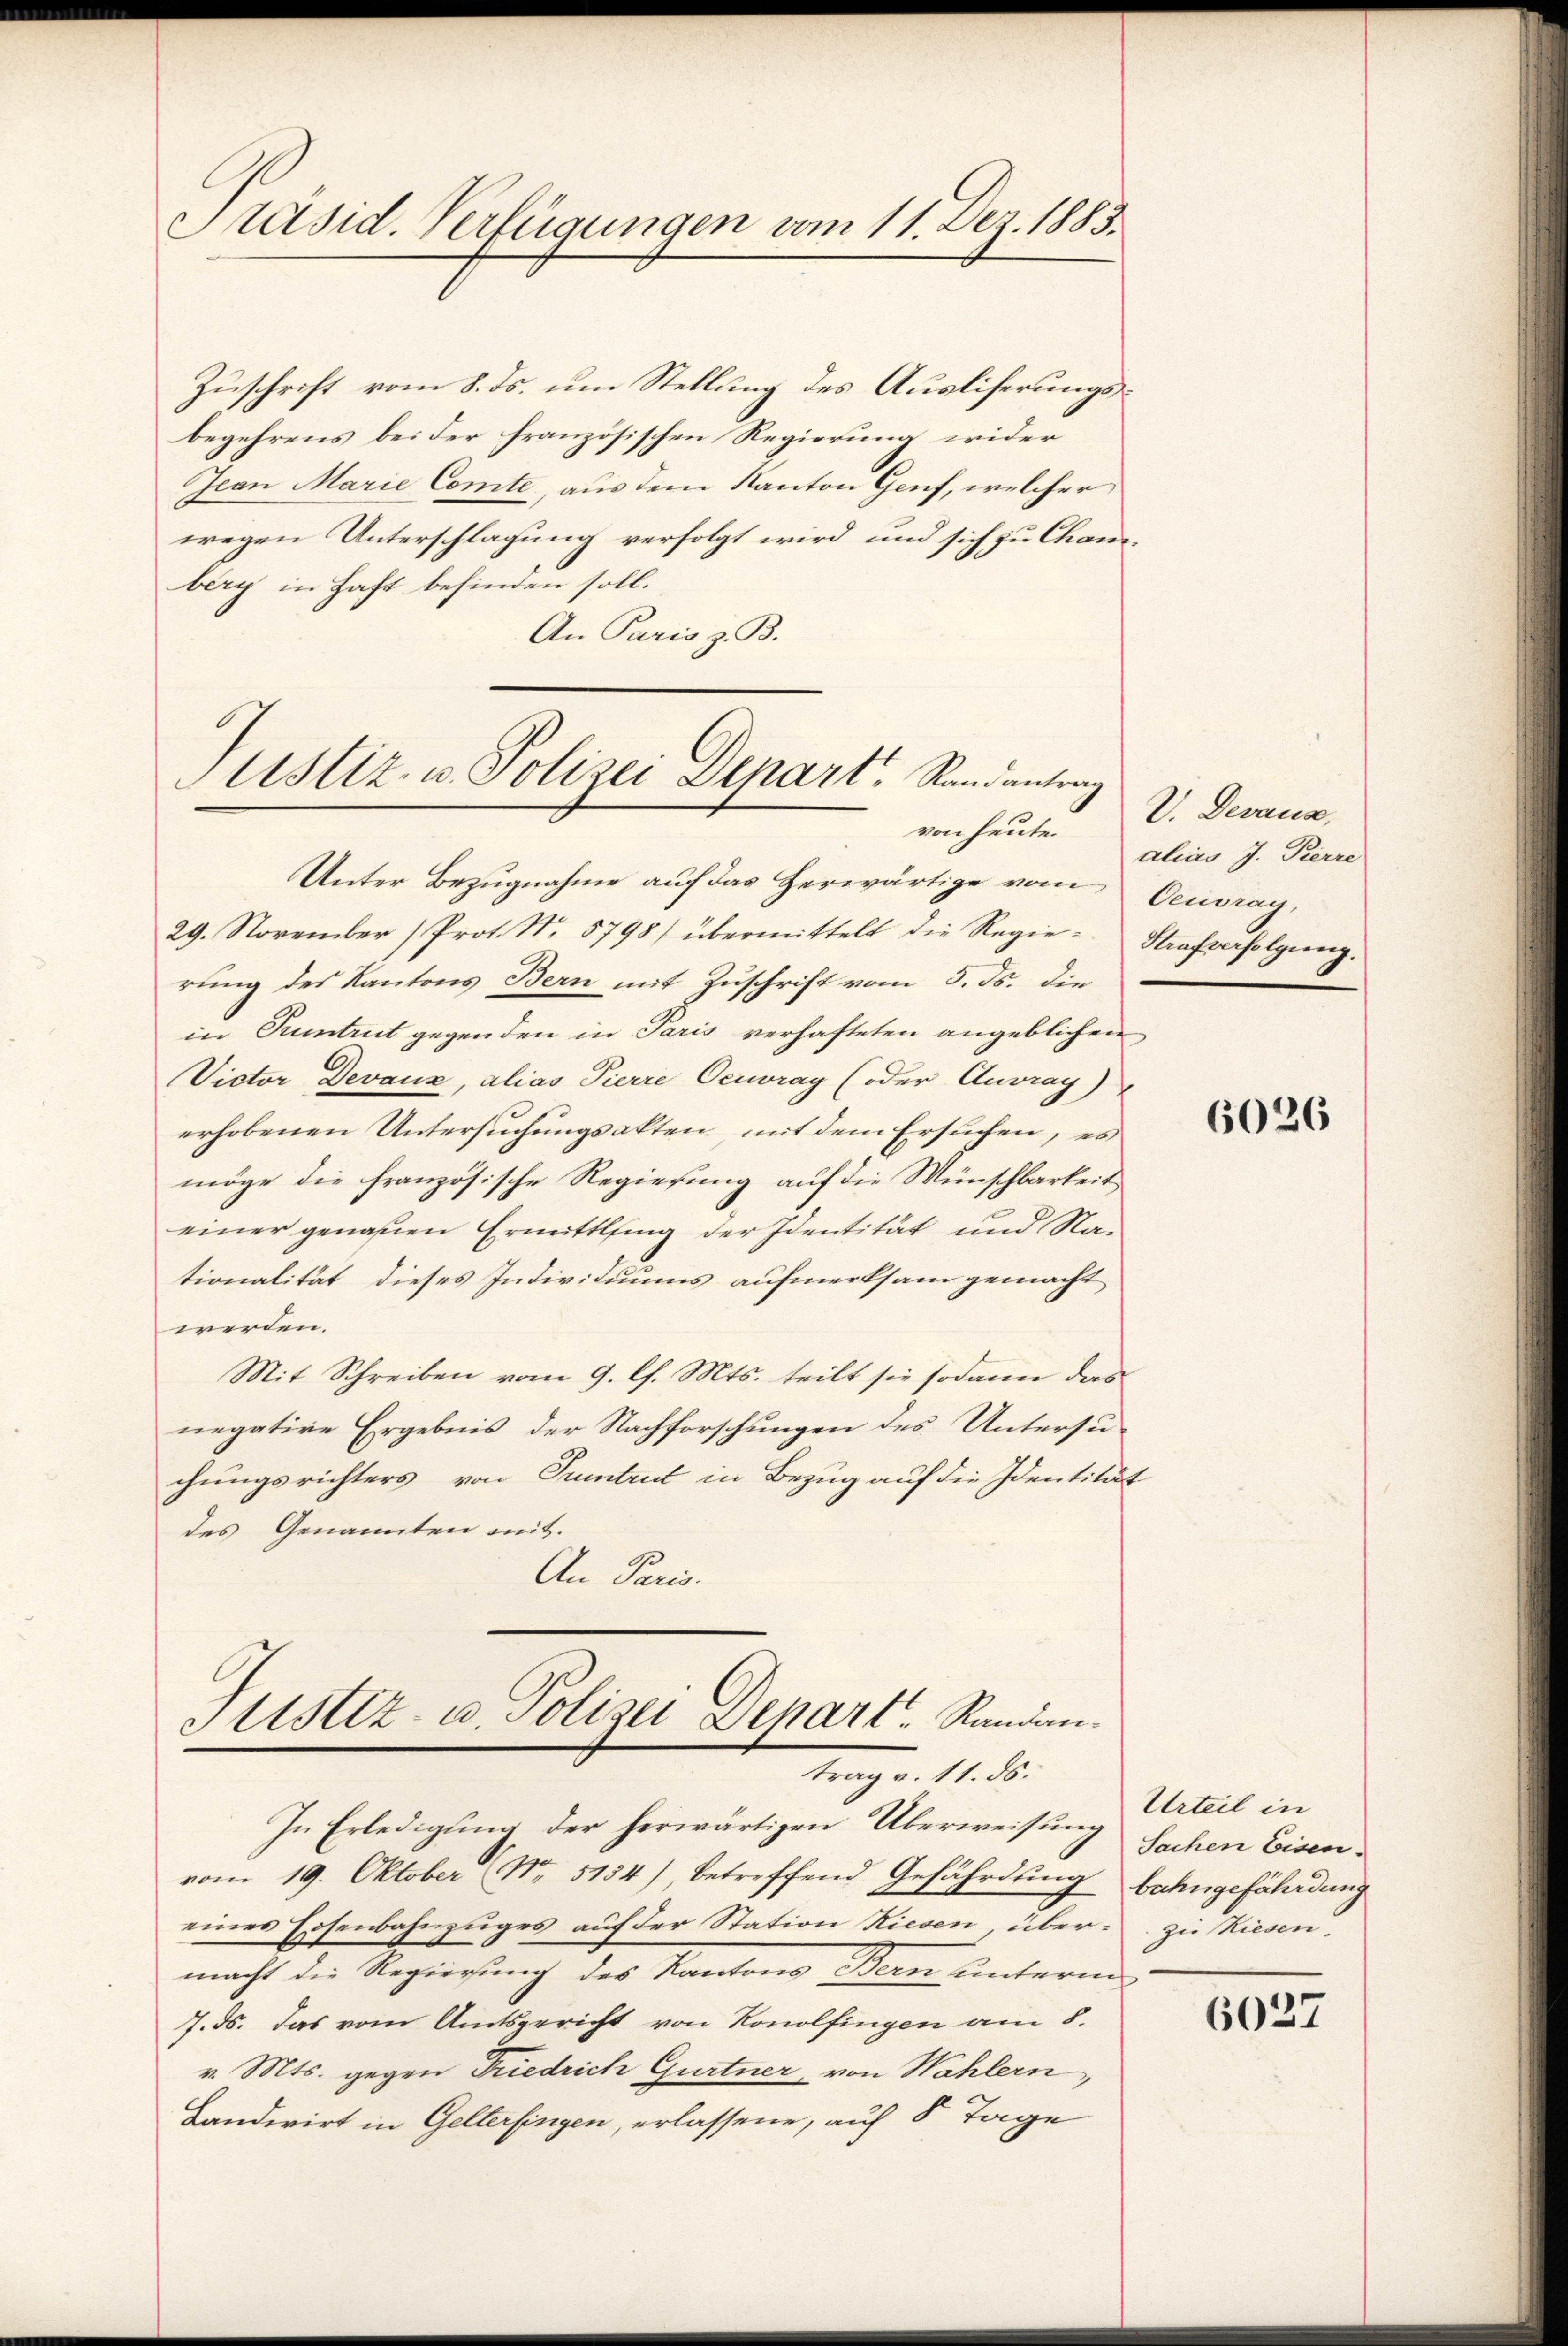
Präsid. Verfügungen vom 11. Dez. 1883.

Zuschrift vom 8. ds. um Stellung des Ausliferungsbegehrens bei der französischen Regierung wider
Jean Marie Comte, aus dem Kanton Genf, welcher
wegen Unterschlagung verfolgt wird, und sich zu Chanberg in Haft befinden soll.
An Paris z. B.

ustiz- u. Polizei Depart. Randantrag

Unter Bezugnahme auf das Herwärtige vom Oecorag,
29. November (Prot. No. 5798/ übermittelt die Regie- Strafverfolgŭng.
rung des Kantons Bern mit Zuschrift vom 5. ds. die
in Tuntrut gegenden in Paris verhafteten angeblichen
Victor Devaux, alias Pierre Oecoray (oder Ausray)
erhobenen Untersuchungsakten, mit dem Ersuchen, es
möge die französische Regierung auf die Wünschbarkeit
einer genauen Ermittling der Identität und Nationalität dieses Individuums aufmerksam gemacht
werden.
Mit Schreiben vom 9. l. Mts. teilt sie sodann das
negative Ergebnis der Nachforschungen des Untersuchungsrichters von Tuntrut in Bezug auf die Identität
des Genannten mit.
An Paris.

Sistiz- u. Polizei Depart. Randantrag v. 11. ds.
In Erledigung der herwärtigen Überweisung Sachen Eisen-

vom 19. Oktober No. 5154), betreffend Gefährdŭng bahngefährdung
eines Eisenbahnzuges auf der Station Hiesen über zu Riesen.
macht die Regierung des Kantons Bern unterm
7. ds. das vom Amtsgericht von Konolfingen am 8.
v. Mts. gegen Friedrich Gurtner von Wahlern,
Landwirt in Gelterfingen, erlassene, auf 8 Tage

von heute V. Devaux,
alias J. Pierre

6026

Urteil in

6027